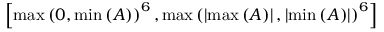
\left[ \operatorname* { m a x } \left( 0 , \operatorname* { m i n } \left( A \right) \right) ^ { 6 } , \operatorname* { m a x } \left( \left| \operatorname* { m a x } \left( A \right) \right| , \left| \operatorname* { m i n } \left( A \right) \right| \right) ^ { 6 } \right]